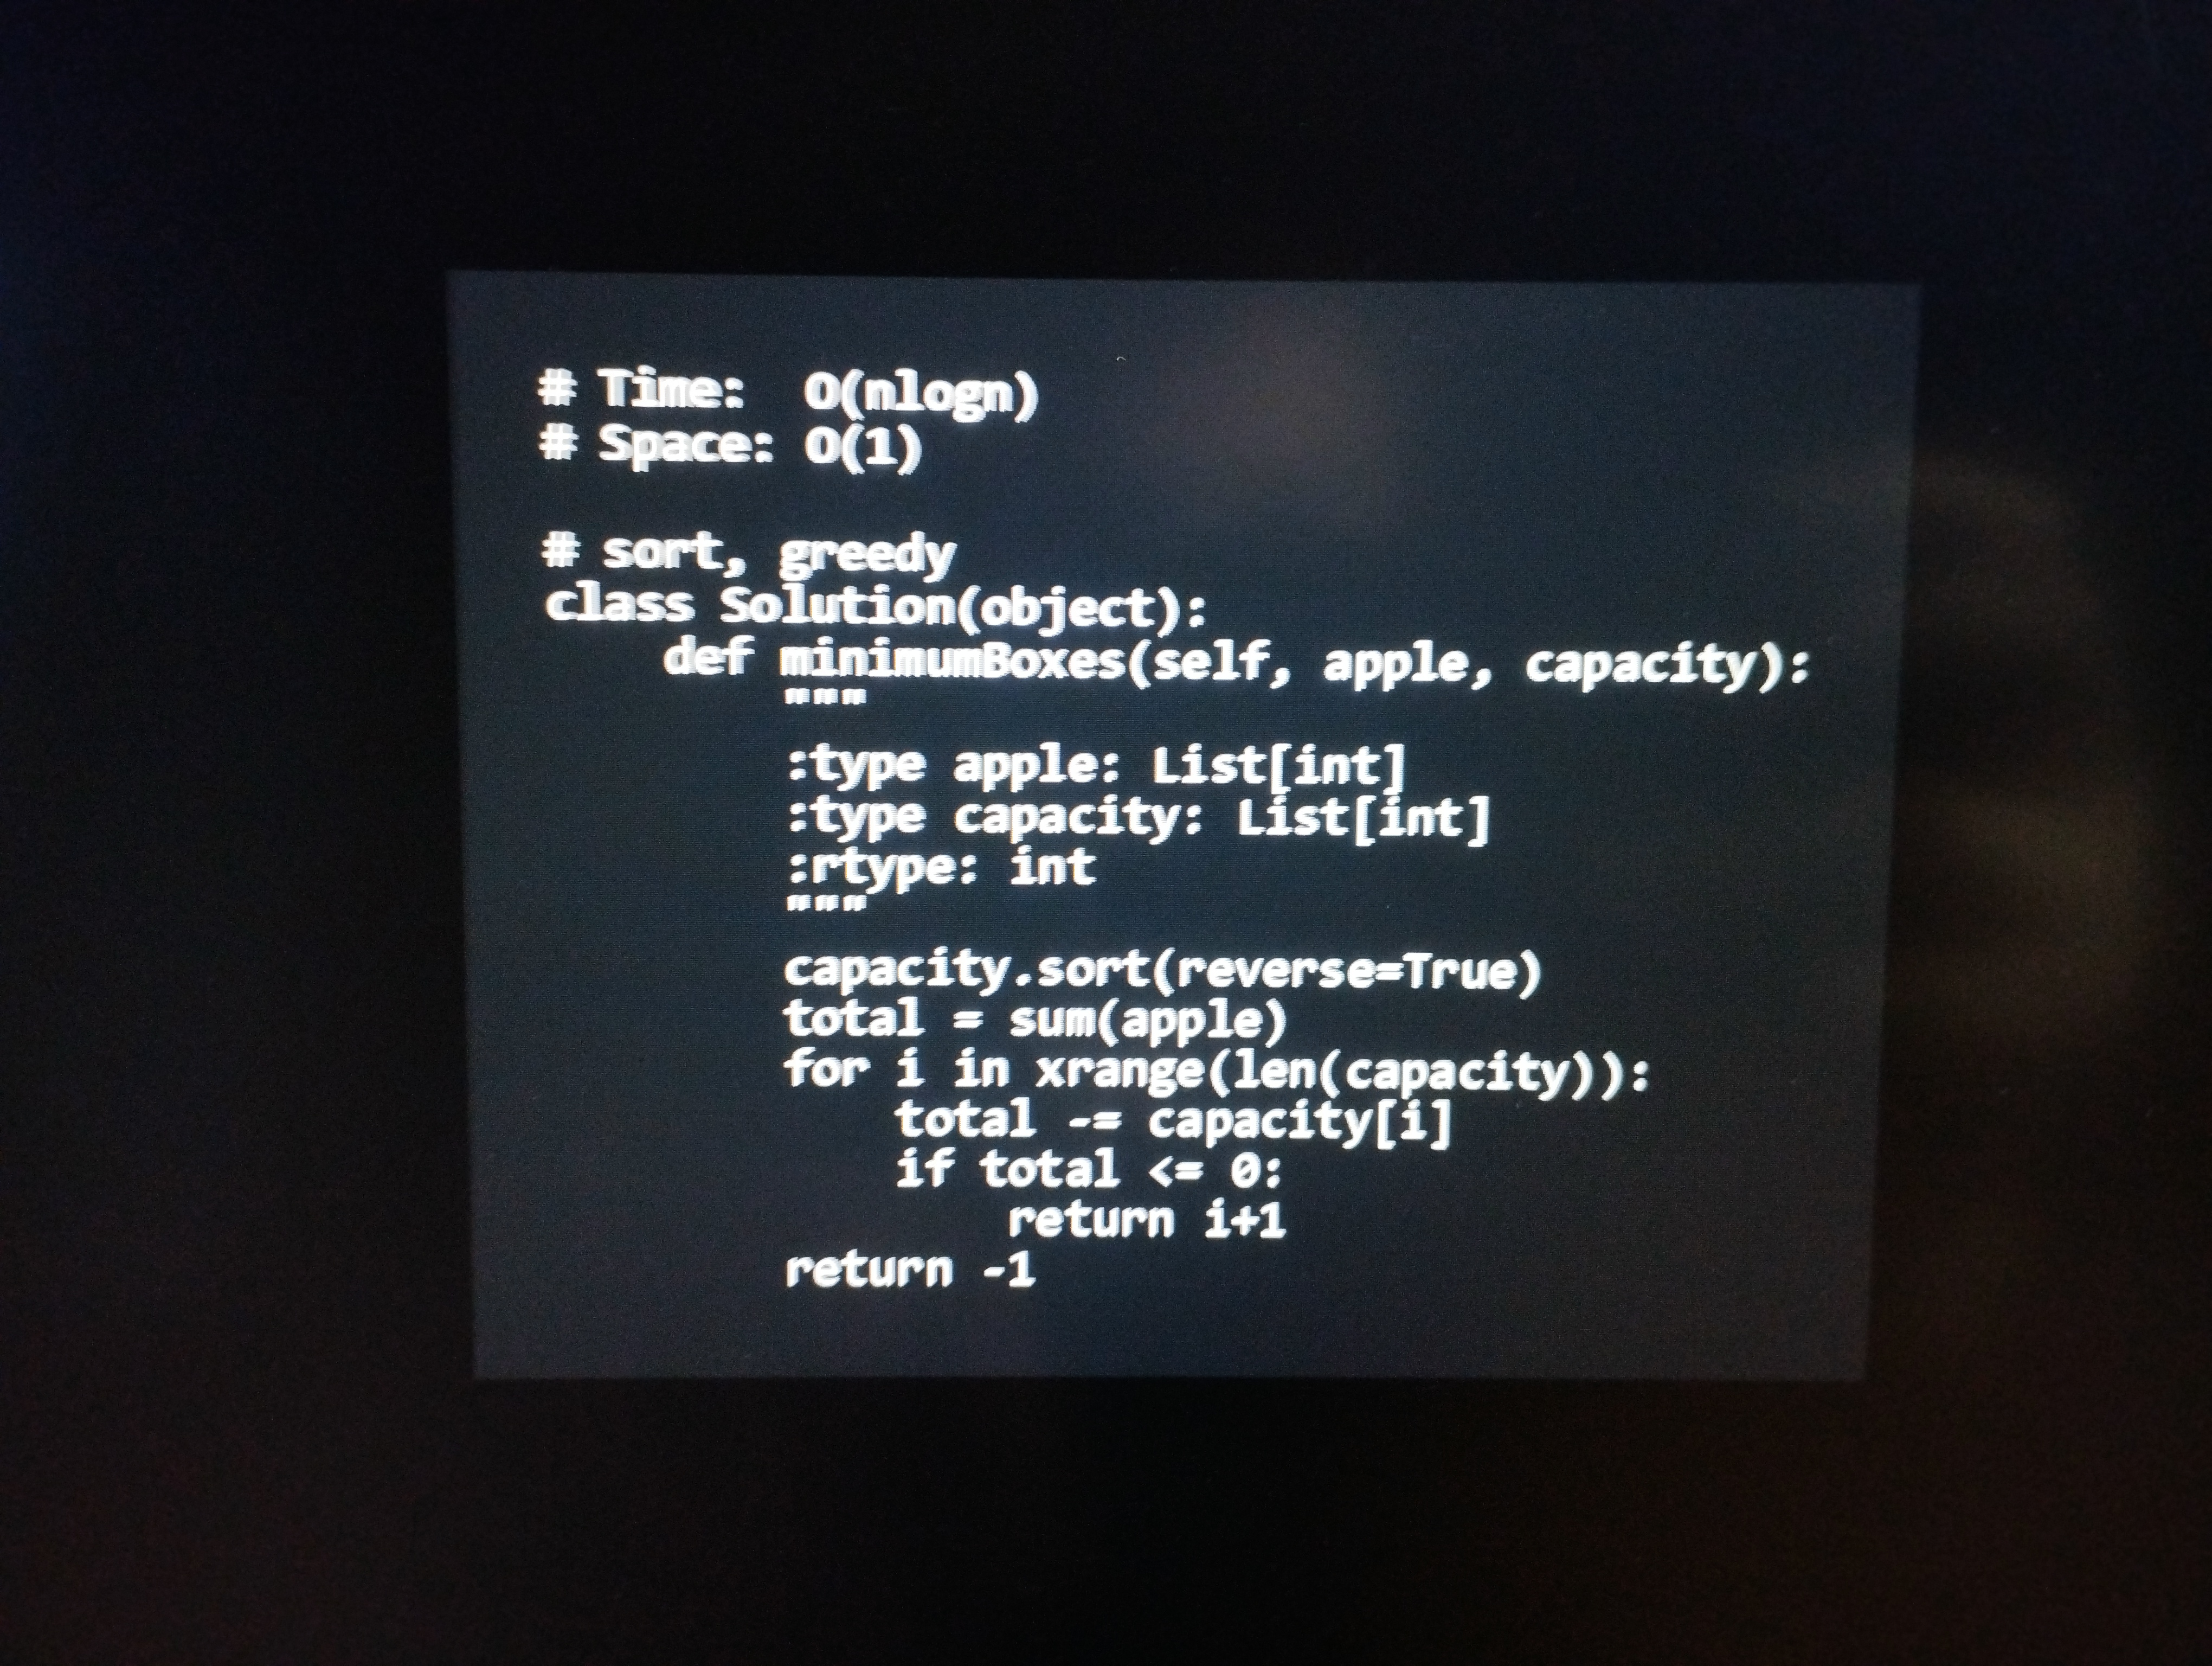
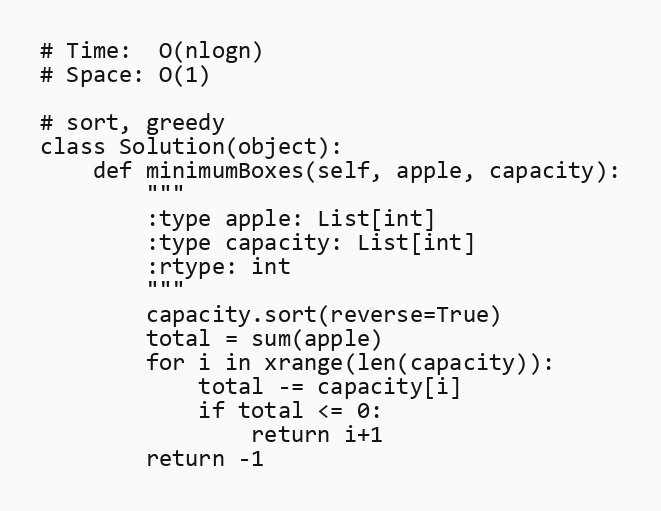
# Time:  O(nlogn)
# Space: O(1)

# sort, greedy
class Solution(object):
    def minimumBoxes(self, apple, capacity):
        """
        :type apple: List[int]
        :type capacity: List[int]
        :rtype: int
        """
        capacity.sort(reverse=True)
        total = sum(apple)
        for i in xrange(len(capacity)):
            total -= capacity[i]
            if total <= 0:
                return i+1
        return -1